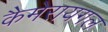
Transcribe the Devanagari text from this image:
कैमेरायगल